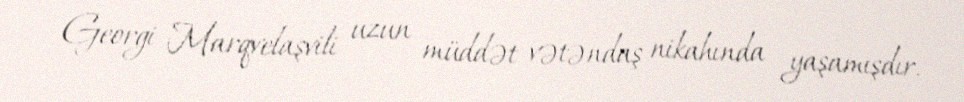
Georgi Marqvelaşvili uzun müddət vətəndaş nikahında yaşamışdır.